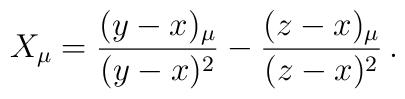
X_{ \mu } = \frac{(y-x)_{\mu}}{(y-x)^2} - \frac{(z-x)_{\mu}}{(z-x)^2} \, .